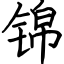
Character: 锦